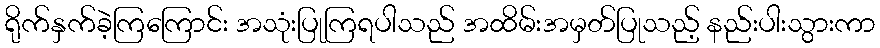
ရိုက်နှက်ခဲ့ကြကြောင်း အသုံးပြုကြရပါသည် အထိမ်းအမှတ်ပြုသည့် နည်းပါးသွားကာ